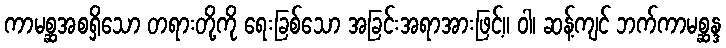
ကာမစ္ဆအစရှိသော တရားတို့ကို ရေးခြစ်သော အခြင်းအရာအားဖြင့်။ ဝါ၊ ဆန့်ကျင် ဘက်ကာမစ္ဆန္ဒ